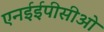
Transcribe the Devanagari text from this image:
एनईईपीसीओ